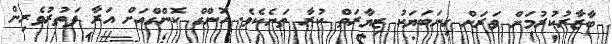
ބާޒާރުކުރުމަށް ވަރަށް ގިނަބަޔަކު ޒިޔާރަތް ކުރާ ތަނެކެވެ. ހޮންގް ކޮންގްއަށް އަރާ ފަތުރުވެރިން